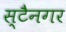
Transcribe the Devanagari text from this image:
स्टैनगर